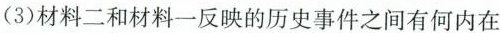
(3)材料二和材料一反映的历史事件之间有何内在